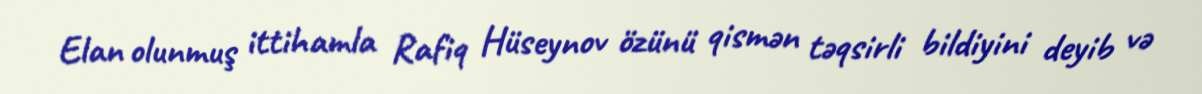
Elan olunmuş ittihamla Rafiq Hüseynov özünü qismən təqsirli bildiyini deyib və